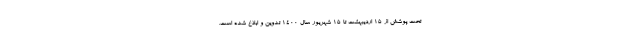
تحت پوشش از ۱۵ اردیبهشت تا ۱۵ شهریور سال ۱۴۰۰ تدوین و ابلاغ شده است.